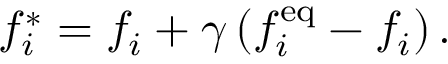
f _ { i } ^ { * } = f _ { i } + \gamma \left( f _ { i } ^ { \mathrm { e q } } - f _ { i } \right) .